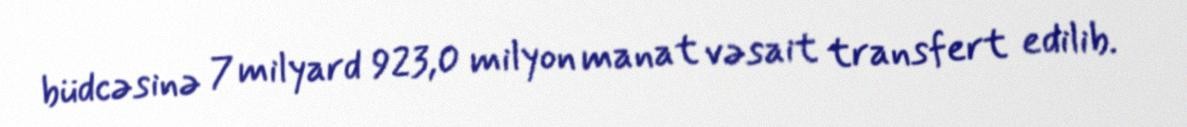
büdcəsinə 7 milyard 923,0 milyon manat vəsait transfert edilib.